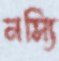
নস্যি